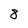
Character: 8